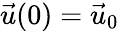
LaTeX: \vec{u}(0)=\vec{u}_{0}